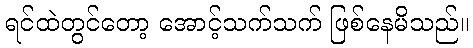
ရင်ထဲတွင်တော့ အောင့်သက်သက် ဖြစ်နေမိသည်။